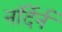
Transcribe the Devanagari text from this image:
नॉर्देर्न